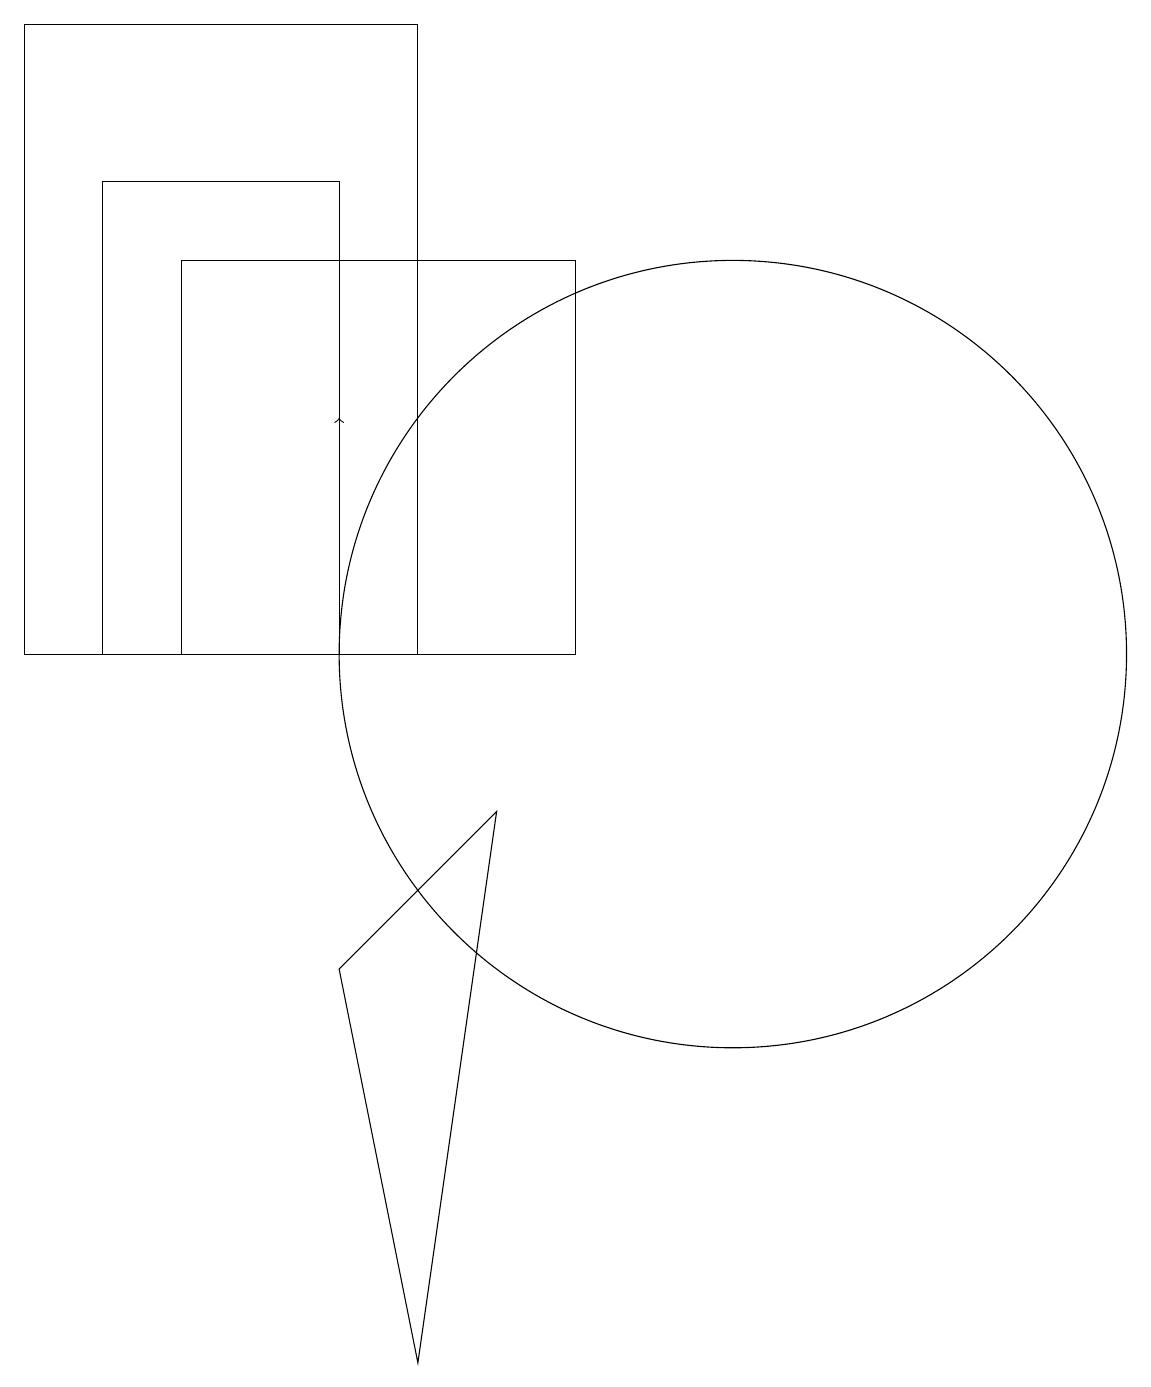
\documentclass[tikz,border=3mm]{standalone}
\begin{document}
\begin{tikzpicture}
\draw (11,11) circle (5);
\draw (9,16) rectangle (4,11);
\draw[->] (6,12) -- (6,14);
\draw (6,17) rectangle (3,11);
\draw (6,7) -- (8,9) -- (7,2) -- cycle;
\draw (7,11) rectangle (2,19);
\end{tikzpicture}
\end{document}